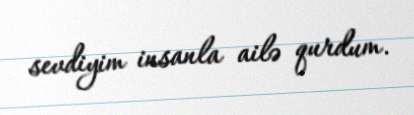
sevdiyim insanla ailə qurdum.